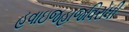
હવાઇજહાજવિરોધી